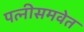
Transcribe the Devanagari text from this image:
पत्‍नीसमवेत